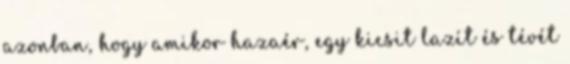
azonban, hogy amikor hazaér, egy kicsit lazít és tévét